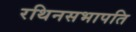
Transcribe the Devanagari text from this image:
रथिनसभापति